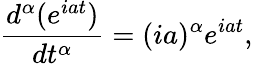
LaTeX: \frac{d^{\alpha}(e^{iat})}{dt^{\alpha}}=(ia)^{\alpha}e^{iat},